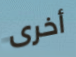
أخرى